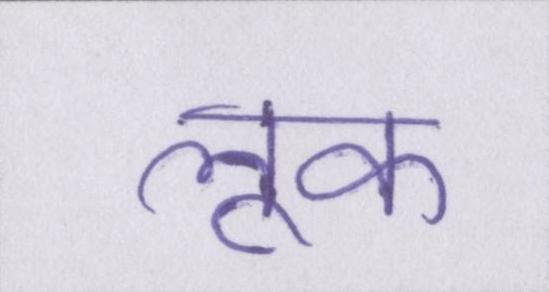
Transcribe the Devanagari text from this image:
लूक